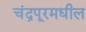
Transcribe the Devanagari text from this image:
चंद्रपूरमधील